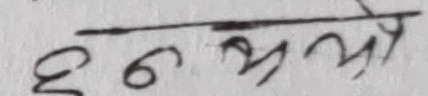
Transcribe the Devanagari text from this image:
छुन भ्रलो